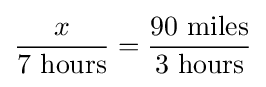
{\frac {x}{7\ {\text{hours}}}}={\frac {90\ {\text{miles}}}{3\ {\text{hours}}}}